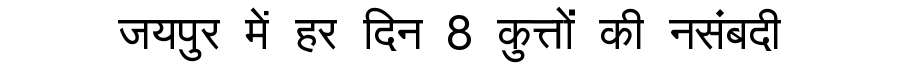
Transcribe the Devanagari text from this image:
जयपुर में हर दिन 8 कुत्तों की नसंबदी